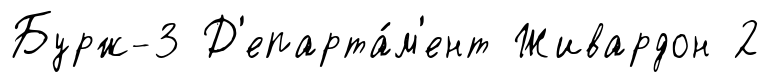
Бурж-3 Д'епарта́м'ент Живардон 2